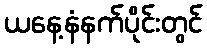
ယနေ့နံနက်ပိုင်းတွင်